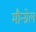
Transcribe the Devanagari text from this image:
मौन्ग्रेल